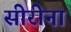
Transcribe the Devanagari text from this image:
सीरीना